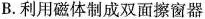
B.利用磁体制成双面擦窗器